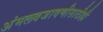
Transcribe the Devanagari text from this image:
अंमलबजावणीसाठीही